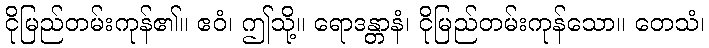
ငိုမြည်တမ်းကုန်၏။ ဧဝံ၊ ဤသို့။ ရောဒန္တာနံ၊ ငိုမြည်တမ်းကုန်သော။ တေသံ၊